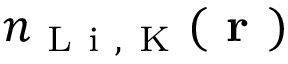
n _ { \mathrm { ~ L ~ i ~ , ~ K ~ } } ( \textbf { r } )